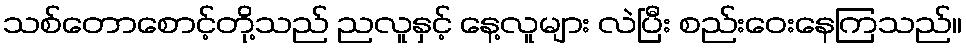
သစ်တောစောင့်တို့သည် ညလူနှင့် နေ့လူများ လဲပြီး စည်းဝေးနေကြသည်။